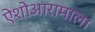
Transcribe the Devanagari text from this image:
ऐशोआरामाला